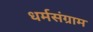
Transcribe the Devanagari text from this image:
धर्मसंग्राम